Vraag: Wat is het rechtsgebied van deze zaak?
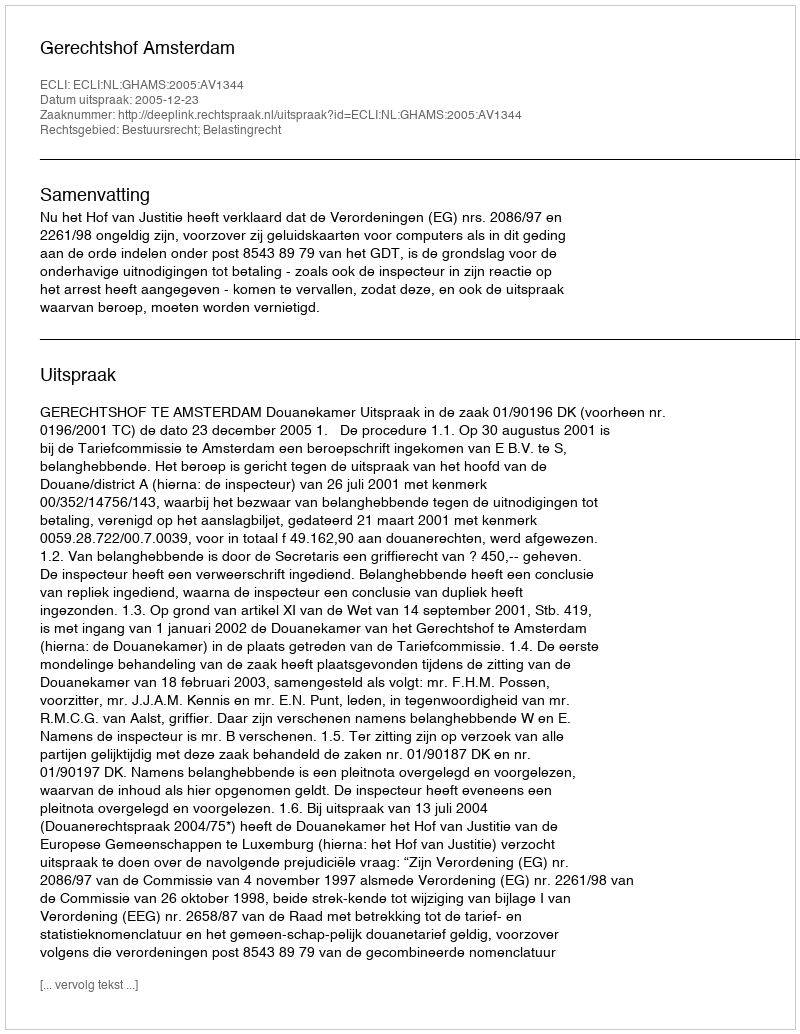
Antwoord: Bestuursrecht; Belastingrecht